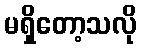
မရှိတော့သလို